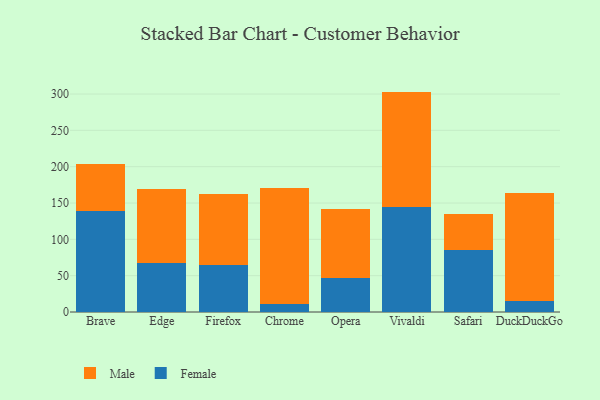
{"axis": {"x": "Browser", "y": "Website Visitors"}, "legend": ["Female", "Male"], "data": [{"x": "Brave", "y": 138.7, "type": "Female"}, {"x": "Brave", "y": 64.9, "type": "Male"}, {"x": "Edge", "y": 67.8, "type": "Female"}, {"x": "Edge", "y": 101.1, "type": "Male"}, {"x": "Firefox", "y": 64.7, "type": "Female"}, {"x": "Firefox", "y": 97.1, "type": "Male"}, {"x": "Chrome", "y": 10.8, "type": "Female"}, {"x": "Chrome", "y": 159.2, "type": "Male"}, {"x": "Opera", "y": 47.4, "type": "Female"}, {"x": "Opera", "y": 94.5, "type": "Male"}, {"x": "Vivaldi", "y": 145.0, "type": "Female"}, {"x": "Vivaldi", "y": 158.3, "type": "Male"}, {"x": "Safari", "y": 84.9, "type": "Female"}, {"x": "Safari", "y": 50.0, "type": "Male"}, {"x": "DuckDuckGo", "y": 15.7, "type": "Female"}, {"x": "DuckDuckGo", "y": 148.6, "type": "Male"}]}